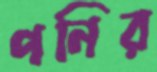
পনির